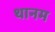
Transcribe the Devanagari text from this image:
थानम